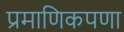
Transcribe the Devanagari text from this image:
प्रमाणिकपणा